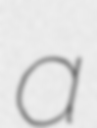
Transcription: a